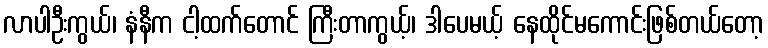
လာပါဦးကွယ်၊ နံနီက ငါ့ထက်တောင် ကြီးတာကွယ့်၊ ဒါပေမယ့် နေထိုင်မကောင်းဖြစ်တယ်တော့